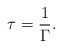
\begin{align*}\tau=\frac{1}{\Gamma}.\end{align*}